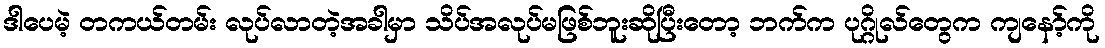
ဒါပေမဲ့ တကယ်တမ်း လုပ်လာတဲ့အခါမှာ သိပ်အလုပ်မဖြစ်ဘူးဆိုပြီးတော့ ဘက်က ပုဂ္ဂိုလ်တွေက ကျနော့်ကို